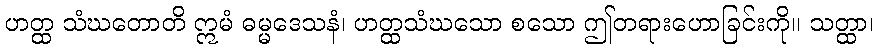
ဟတ္ထ သံဃတောတိ ဣမံ ဓမ္မဒေသနံ၊ ဟတ္ထသံဃသော စသော ဤတရားဟောခြင်းကို။ သတ္ထာ၊